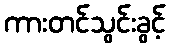
ကားတင်သွင်းခွင့်